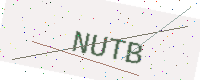
Text: NUTB